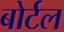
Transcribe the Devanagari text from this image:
बोर्टल